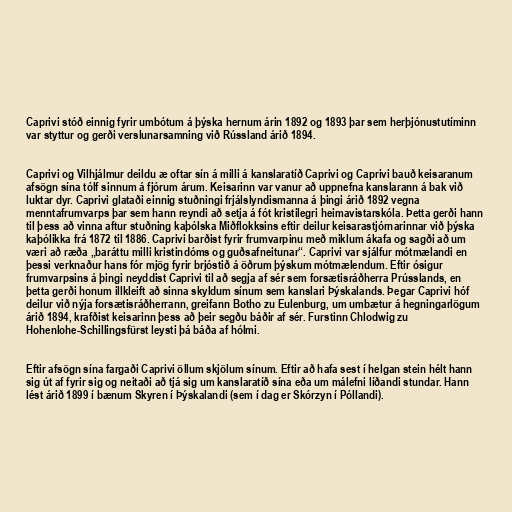
Caprivi stóð einnig fyrir umbótum á þýska hernum árin 1892 og 1893 þar sem herþjónustutíminn
var styttur og gerði verslunarsamning við Rússland árið 1894.

Caprivi og Vilhjálmur deildu æ oftar sín á milli á kanslaratíð Caprivi og Caprivi bauð keisaranum
afsögn sína tólf sinnum á fjórum árum. Keisarinn var vanur að uppnefna kanslarann á bak við
luktar dyr. Caprivi glataði einnig stuðningi frjálslyndismanna á þingi árið 1892 vegna
menntafrumvarps þar sem hann reyndi að setja á fót kristilegri heimavistarskóla. Þetta gerði hann
til þess að vinna aftur stuðning kaþólska Miðflokksins eftir deilur keisarastjórnarinnar við þýska
kaþólikka frá 1872 til 1886. Caprivi barðist fyrir frumvarpinu með miklum ákafa og sagði að um
væri að ræða „baráttu milli kristindóms og guðsafneitunar“. Caprivi var sjálfur mótmælandi en
þessi verknaður hans fór mjög fyrir brjóstið á öðrum þýskum mótmælendum. Eftir ósigur
frumvarpsins á þingi neyddist Caprivi til að segja af sér sem forsætisráðherra Prússlands, en
þetta gerði honum illkleift að sinna skyldum sínum sem kanslari Þýskalands. Þegar Caprivi hóf
deilur við nýja forsætisráðherrann, greifann Botho zu Eulenburg, um umbætur á hegningarlögum
árið 1894, krafðist keisarinn þess að þeir segðu báðir af sér. Furstinn Chlodwig zu
Hohenlohe-Schillingsfürst leysti þá báða af hólmi.

Eftir afsögn sína fargaði Caprivi öllum skjölum sínum. Eftir að hafa sest í helgan stein hélt hann
sig út af fyrir sig og neitaði að tjá sig um kanslaratíð sína eða um málefni líðandi stundar. Hann
lést árið 1899 í bænum Skyren í Þýskalandi (sem í dag er Skórzyn í Póllandi).